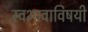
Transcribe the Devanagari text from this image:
स्वभावाविषयी